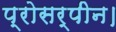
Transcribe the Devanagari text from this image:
प्रोसर्पीन।